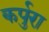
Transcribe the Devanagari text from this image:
कर्पुरा